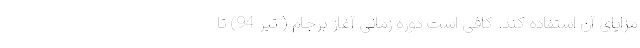
مزایای آن استفاده کند. کافی است دوره زمانی آغاز برجام ( تیر 94) تا